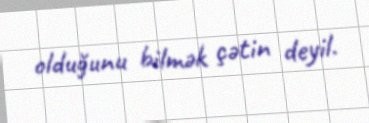
olduğunu bilmək çətin deyil.